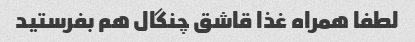
لطفا همراه غذا قاشق چنگال هم بفرستید